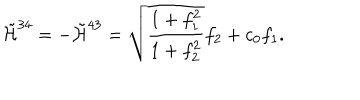
\tilde { { \cal H } } ^ { 3 4 } = - \tilde { { \cal H } } ^ { 4 3 } = \sqrt { \frac { 1 + f _ { 1 } ^ { 2 } } { 1 + f _ { 2 } ^ { 2 } } } f _ { 2 } + c _ { 0 } f _ { 1 } . \nonumber